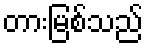
တားမြစ်သည်